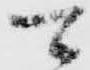
可